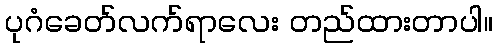
ပုဂံခေတ်လက်ရာလေး တည်ထားတာပါ။